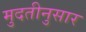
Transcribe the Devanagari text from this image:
मुदतीनुसार